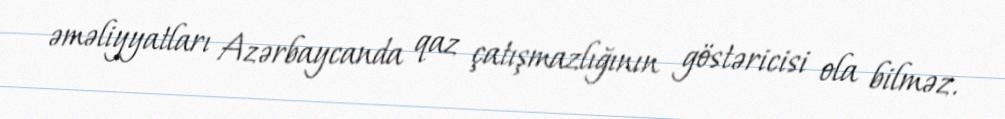
əməliyyatları Azərbaycanda qaz çatışmazlığının göstəricisi ola bilməz.